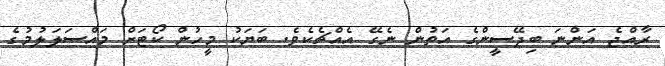
ރާއްޖެ އަންނަ ބިދޭސީންގެ އަތުން ނެގޭ އެއްޗެކެވެ. ބަޔަކު މީހުން ކޯޓަށް މައްސަލަލުމުގެ